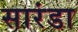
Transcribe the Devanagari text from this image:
सारंडा